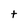
Character: t